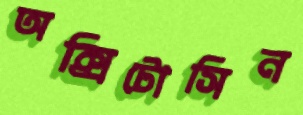
অক্সিটোসিন